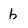
Character: b